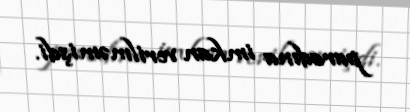
paradına imkan verilməmişdi.